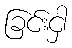
ခြင်းငှါ